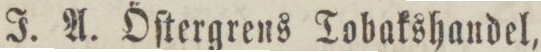
J. A. Öſtergrens Tobakshandel,